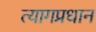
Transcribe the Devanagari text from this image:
त्यागप्रधान